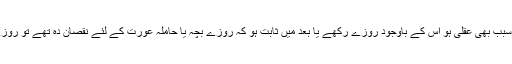
اگر ضرر کا خوف رہا ہو اور خوف کا سبب بھی عقلی ہو اس کے باوجود روزے رکھے یا بعد میں ثابت ہو کہ روزے بچہ یا حاملہ عورت کے لئے نقصان دہ تھے تو روزے باطل ہیں اور ان کی قضا واجب ہے۔